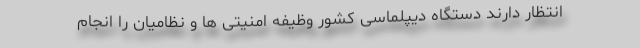
انتظار دارند دستگاه دیپلماسی کشور وظیفه امنیتی ها و نظامیان را انجام